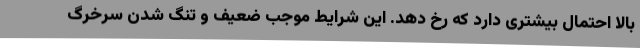
بالا احتمال بیشتری دارد که رخ دهد. این شرایط موجب ضعیف و تنگ شدن سرخرگ